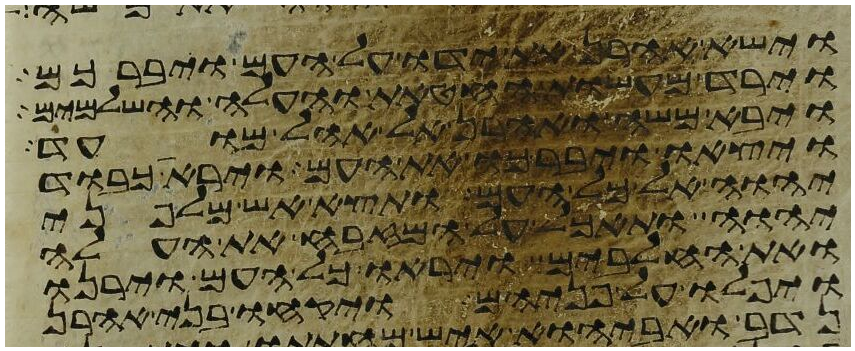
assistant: וישא אהרן את ידו על העם ויברכם
וירד מעשות החטאת והעלה והשלמים
ויבא משה ואהרן אל אהל מועד
ויצאו ויברכו את העם וירא כבוד
יהוה אל כל העם ותצא אש מלפני
יהוה ותאכל על המזבח את העלה
ואת החלבים ויראו כל העם וירנו
ויפלו על פניהם ויקחו בני אהרן